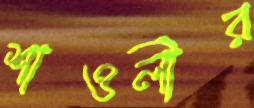
শাওলীর